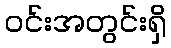
ဝင်းအတွင်းရှိ